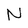
Character: N